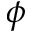
\boldsymbol { \phi }